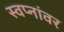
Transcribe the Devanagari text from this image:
स्वप्नांवर